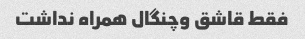
فقط قاشق وچنگال همراه نداشت